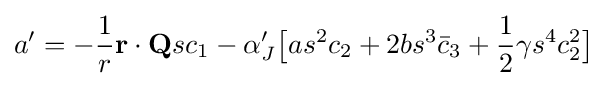
a'=-{\frac {1}{r}}\mathbf {r} \cdot \mathbf {Q} sc_{1}-\alpha _{J}'{\big [}as^{2}c_{2}+2bs^{3}{\bar {c}}_{3}+{\frac {1}{2}}\gamma s^{4}c_{2}^{2}{\big ]}